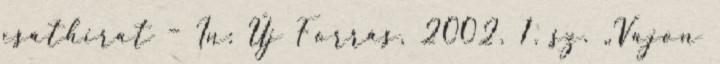
csáthirat – In: Új Forrás, 2002. 1. sz. „Vajon